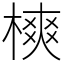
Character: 樉